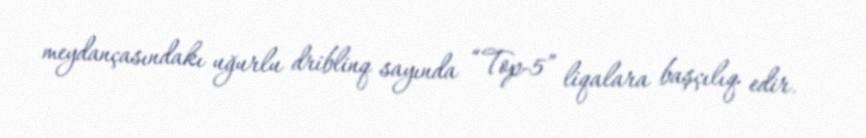
meydançasındakı uğurlu driblinq sayında “Top-5” liqalara başçılıq edir.